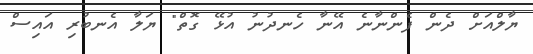
ޔާލްއަށް ދެން ފެންނާނެ އޭނާ ހެނދުނު އުޅޭ ގޮތް" ޔަލާ އެނބުރި އައިސް